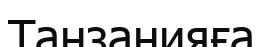
Танзанияға